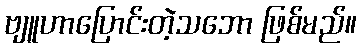
ဗျူဟာပြောင်းတဲ့သဘော ဖြစ်မည်။